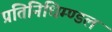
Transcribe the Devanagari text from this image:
प्रतिनिधिम्ण्डल